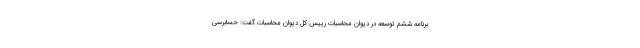
برنامه ششم توسعه در دیوان محاسبات رییس کل دیوان محاسبات گفت: حسابرسی